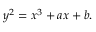
y ^ { 2 } = x ^ { 3 } + a x + b .